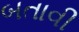
બતાવી